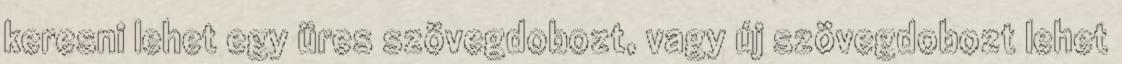
keresni lehet egy üres szövegdobozt, vagy új szövegdobozt lehet